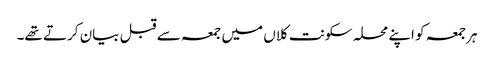
ہرجمعہ کو اپنے محلہ سکونت کلاں میں جمعہ سے قبل بیان کرتے تھے۔